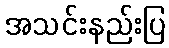
အသင်းနည်းပြ